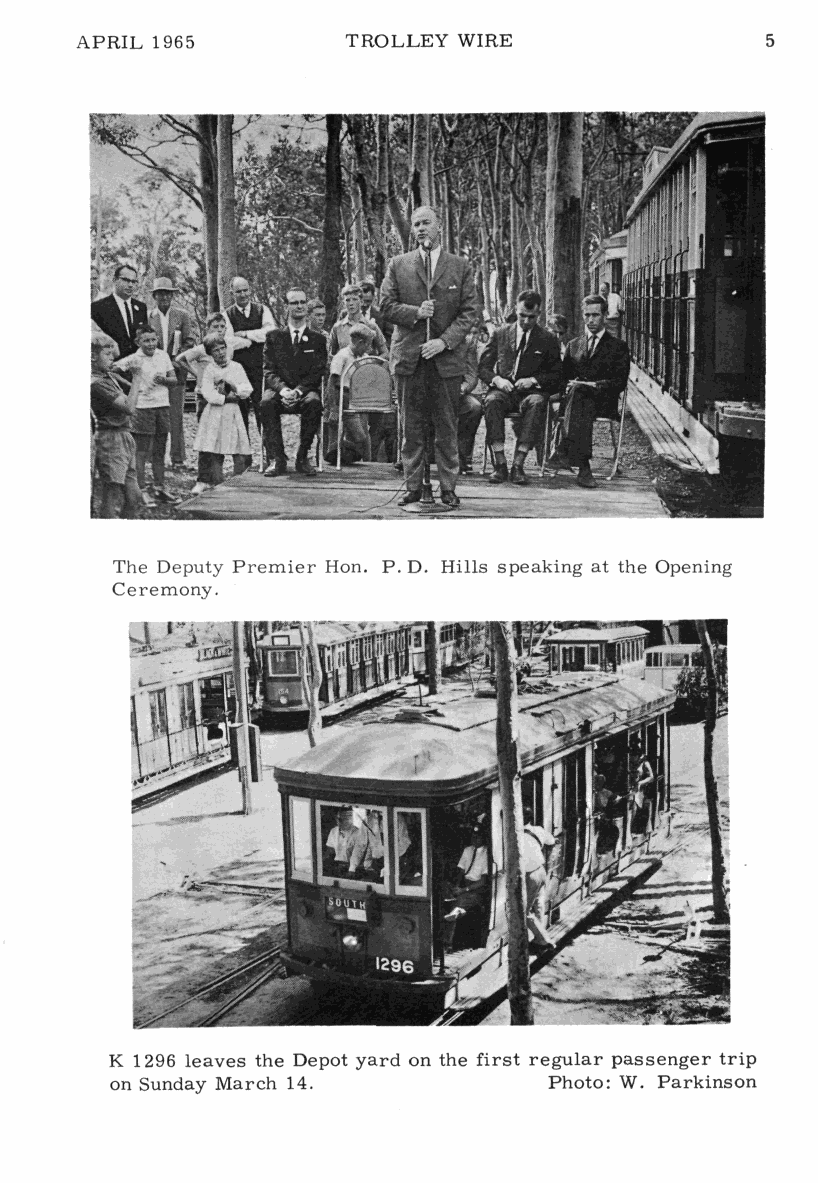
APRIL 1965        TROLLEY WIRE               5
 *^fe^^-
 M
 The Deputy Premier Hon. P. D. Hills speaking at the Opening
 Ceremony.
 K 1296 leaves the Depot yard on the first regular passenger trip
 on Sunday March 14.          Photo: W. Parkinson